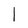
Character: 1